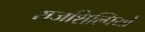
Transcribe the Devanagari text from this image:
राजशिल्पियों